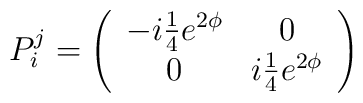
P_{i}^{j}=\left( \begin{array}{cc}-i{\textstyle{\frac{1}{4}}}e^{2\phi } & 0 \\ 0 & i{\textstyle{\frac{1}{4}}}e^{2\phi }\end{array}\right)